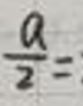
$\frac{a}{2}=$